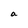
Character: a